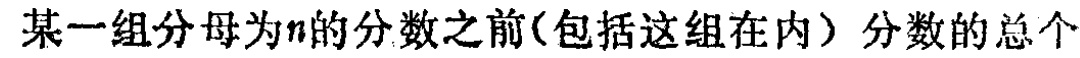
某一组分母为\(n\)的分数之前(包括这组在内) 分数的总个